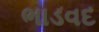
ભાડવદ